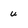
Character: u